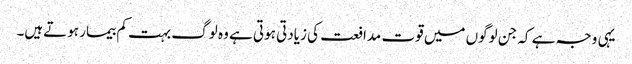
یہی وجہ ہے کہ جن لوگوں میں قوت مدافعت کی زیادتی ہوتی ہے وہ لوگ بہت کم بیمار ہوتےہیں۔